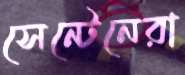
সেন্টেনেরা